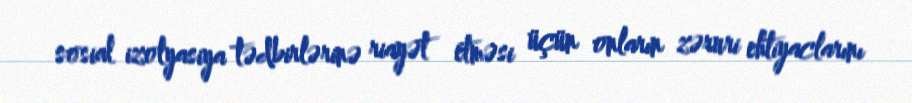
sosial izolyasiya tədbirlərinə riayət etməsi üçün onların zəruri ehtiyaclarını